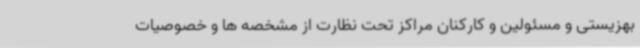
بهزیستی و مسئولین و کارکنان مراکز تحت نظارت از مشخصه ها و خصوصیات